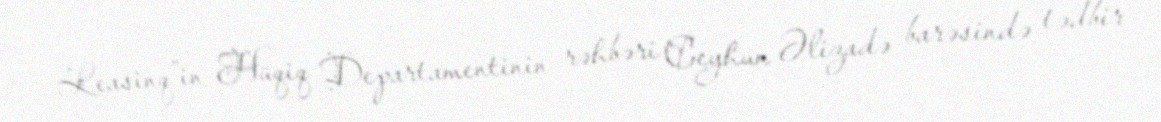
Leasinq”in Hüqiq Departamentinin rəhbəri Ceyhun Əlizadə barəsində tədbir